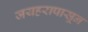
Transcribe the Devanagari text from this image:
जयहरापासून